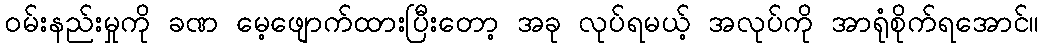
ဝမ်းနည်းမှုကို ခဏ မေ့ဖျောက်ထားပြီးတော့ အခု လုပ်ရမယ့် အလုပ်ကို အာရုံစိုက်ရအောင်။